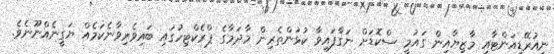
ނިއުރޭޑިއަންޓާއި މާޒިޔާއިން ގައުމީ ސްކޮޑަށް ނަގާފައިވާ ކުޅުންތެރިން މާދަމާގެ ޕްރެކްޓިހުގައި ބައިވެރިވާނެކަމެއް ޔަގީނެއްނޫނެވެ.